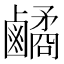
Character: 𪊀